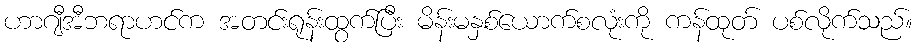
ဟာဂျီအီဘရာဟင်က အတင်းရုန်းထွက်ပြီး မိန်းမနှစ်ယောက်စလုံးကို ကန်ထုတ် ပစ်လိုက်သည်။